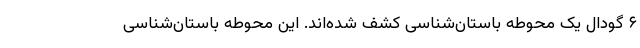
۶ گودال یک محوطه باستان‌شناسی کشف شده‌اند. این محوطه باستان‌شناسی